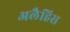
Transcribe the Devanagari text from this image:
अलैहिस